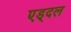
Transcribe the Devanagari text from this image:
एड्दल